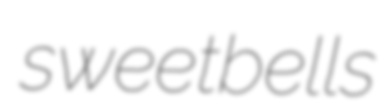
sweetbells